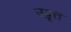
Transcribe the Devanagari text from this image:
उद्वृत्त